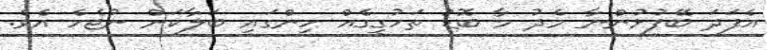
އެފަދަ ބޭފުޅުންނާ މެދު މާ ބޮޑު ތަހުގީގެއް ހިންގައި ބަލާކަށް ނުޖެހެ އެވެ.